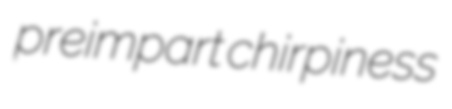
preimpart chirpiness